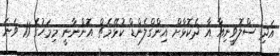
އަދި ސްލޮވީނިއާ އާ ދެކޮޅާށް އިންގްލެންޑް ކުޅޭމެޗް އޮންނާނީ މިމަހުގެ 11 ވަނަ